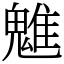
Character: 魋